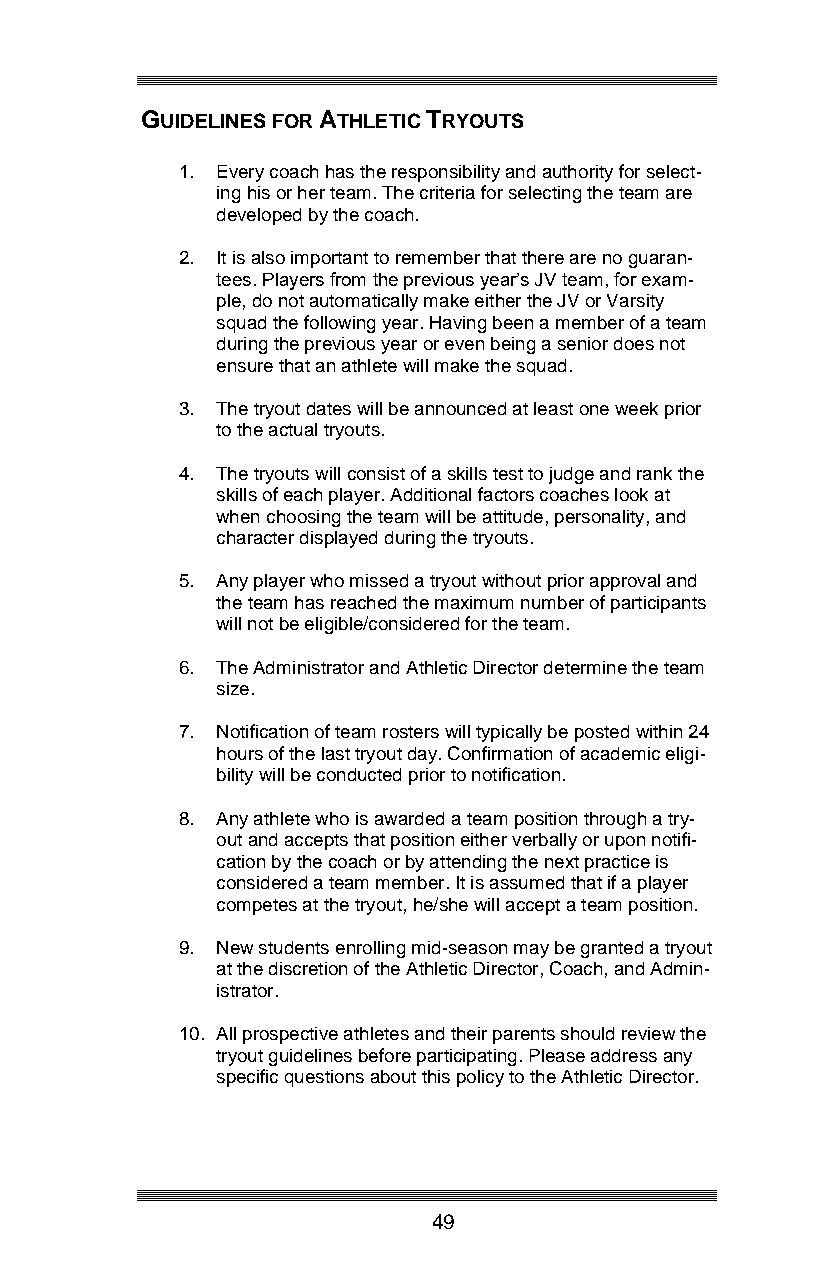
GUIDELINES FOR ATHLETIC TRYOUTS
 1. Every coach has the responsibility and authority for select-
 ing his or her team. The criteria for selecting the team are
 developed by the coach.
 2. It is also important to remember that there are no guaran-
 tees. Players from the previous year’s JV team, for exam-
 ple, do not automatically make either the JV or Varsity
 squad the following year. Having been a member of a team
 during the previous year or even being a senior does not
 ensure that an athlete will make the squad.
 3. The tryout dates will be announced at least one week prior
 to the actual tryouts.
 4. The tryouts will consist of a skills test to judge and rank the
 skills of each player. Additional factors coaches look at
 when choosing the team will be attitude, personality, and
 character displayed during the tryouts.
 5. Any player who missed a tryout without prior approval and
 the team has reached the maximum number of participants
 will not be eligible/considered for the team.
 6. The Administrator and Athletic Director determine the team
 size.
 7. Notification of team rosters will typically be posted within 24
 hours of the last tryout day. Confirmation of academic eligi-
 bility will be conducted prior to notification.
 8. Any athlete who is awarded a team position through a try-
 out and accepts that position either verbally or upon notifi-
 cation by the coach or by attending the next practice is
 considered a team member. It is assumed that if a player
 competes at the tryout, he/she will accept a team position.
 9. New students enrolling mid-season may be granted a tryout
 at the discretion of the Athletic Director, Coach, and Admin-
 istrator.
 10. All prospective athletes and their parents should review the
 tryout guidelines before participating. Please address any
 specific questions about this policy to the Athletic Director.
 49